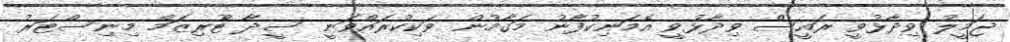
ޖަމީލު ވިދާޅުވީ ރައީސް ވިދާޅުވީ އެމަނިކުފާނު މަގާމުން ވަކިކުރައްވަނީ ސީދާ ޓޫރިޒަމް މިނިސްޓަރު